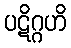
ပဋိဂ္ဂဟိ